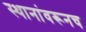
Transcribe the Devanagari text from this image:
स्थानांवरूनच